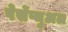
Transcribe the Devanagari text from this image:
पेर्सेप्चुअल